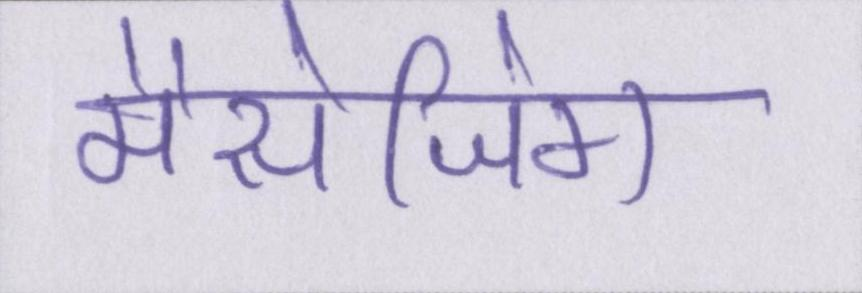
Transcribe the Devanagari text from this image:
मैसेजिंग